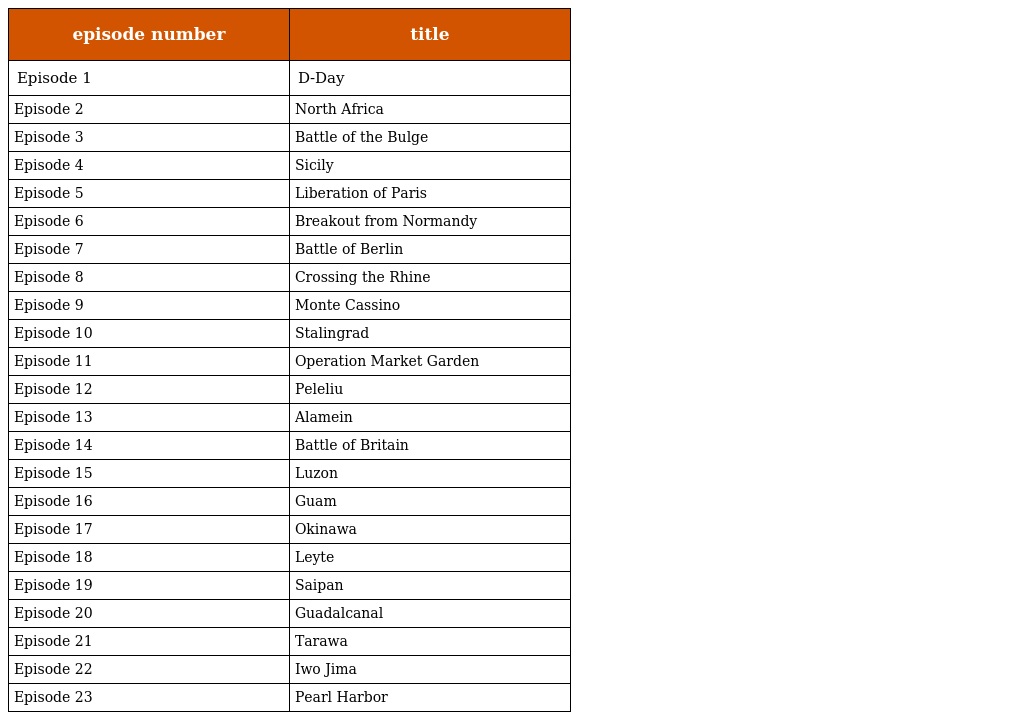
| episode number | title |
 | --- | --- |
 | Episode 1 | D-Day |
 | Episode 2 | North Africa |
 | Episode 3 | Battle of the Bulge |
 | Episode 4 | Sicily |
 | Episode 5 | Liberation of Paris |
 | Episode 6 | Breakout from Normandy |
 | Episode 7 | Battle of Berlin |
 | Episode 8 | Crossing the Rhine |
 | Episode 9 | Monte Cassino |
 | Episode 10 | Stalingrad |
 | Episode 11 | Operation Market Garden |
 | Episode 12 | Peleliu |
 | Episode 13 | Alamein |
 | Episode 14 | Battle of Britain |
 | Episode 15 | Luzon |
 | Episode 16 | Guam |
 | Episode 17 | Okinawa |
 | Episode 18 | Leyte |
 | Episode 19 | Saipan |
 | Episode 20 | Guadalcanal |
 | Episode 21 | Tarawa |
 | Episode 22 | Iwo Jima |
 | Episode 23 | Pearl Harbor |